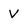
Character: v